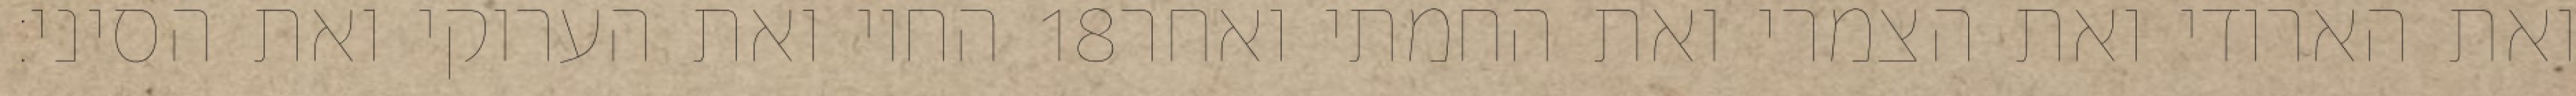
החוי ואת הערוקי ואת הסיני׃ ‎18‏ ואת הארודי ואת הצמרי ואת החמתי ואחר